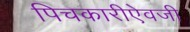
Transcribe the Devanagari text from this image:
पिचकारीऐवजी